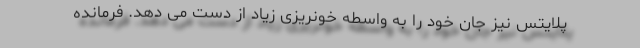
پلایتس نیز جان خود را به واسطه خونریزی زیاد از دست می دهد. فرمانده